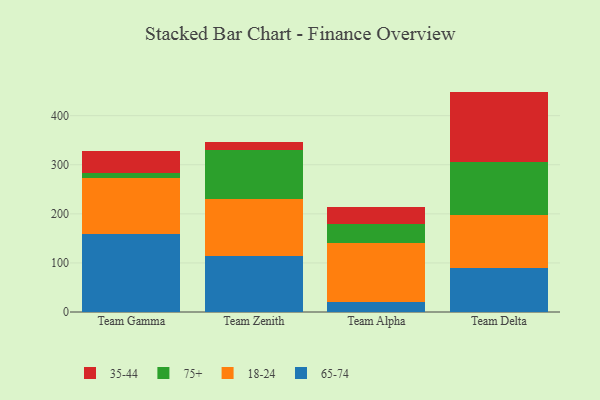
{"axis": {"x": "Team", "y": "Waste Production (Tons)"}, "legend": ["18-24", "35-44", "65-74", "75+"], "data": [{"x": "Team Gamma", "y": 159.4, "type": "65-74"}, {"x": "Team Gamma", "y": 114.2, "type": "18-24"}, {"x": "Team Gamma", "y": 9.6, "type": "75+"}, {"x": "Team Gamma", "y": 44.1, "type": "35-44"}, {"x": "Team Zenith", "y": 115.0, "type": "65-74"}, {"x": "Team Zenith", "y": 115.9, "type": "18-24"}, {"x": "Team Zenith", "y": 99.2, "type": "75+"}, {"x": "Team Zenith", "y": 16.8, "type": "35-44"}, {"x": "Team Alpha", "y": 19.7, "type": "65-74"}, {"x": "Team Alpha", "y": 120.0, "type": "18-24"}, {"x": "Team Alpha", "y": 39.5, "type": "75+"}, {"x": "Team Alpha", "y": 33.7, "type": "35-44"}, {"x": "Team Delta", "y": 89.1, "type": "65-74"}, {"x": "Team Delta", "y": 109.1, "type": "18-24"}, {"x": "Team Delta", "y": 108.3, "type": "75+"}, {"x": "Team Delta", "y": 142.5, "type": "35-44"}]}